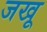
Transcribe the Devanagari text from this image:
जखू